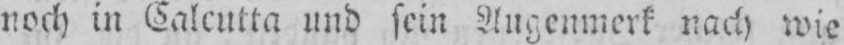
noch in Calcutta und sein Augenmerk nach wie